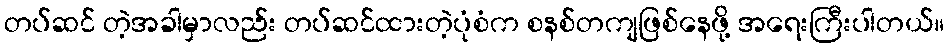
တပ်ဆင် တဲ့အခါမှာလည်း တပ်ဆင်ထားတဲ့ပုံစံက စနစ်တကျဖြစ်နေဖို့ အရေးကြီးပါတယ်။